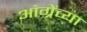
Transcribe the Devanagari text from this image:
आंग्रेंच्या